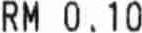
RM 0.10